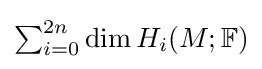
{\textstyle \sum _{i=0}^{2n}\dim H_{i}(M;{\mathbb {F} })}